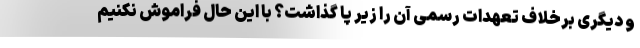
و دیگری برخلاف تعهدات رسمی آن را زیر پا گذاشت؟ با این حال فراموش نکنیم